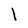
Character: l